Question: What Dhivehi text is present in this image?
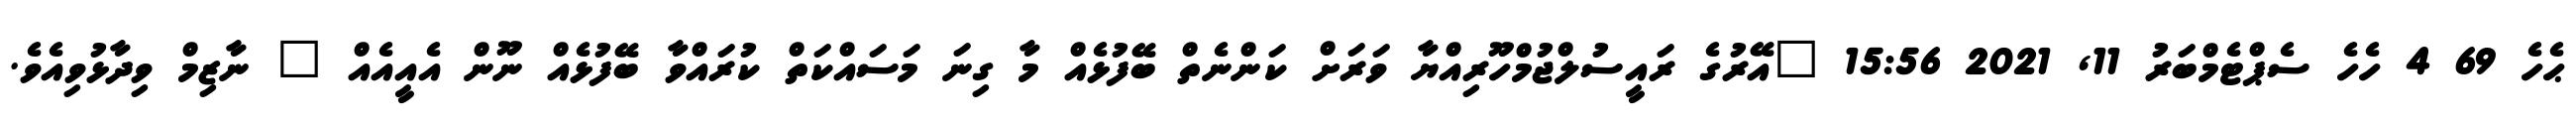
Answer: ޙެހެ 69 4 ހެހެ ސެޕްޓެމްބަރު 11, 2021 15:56 "އޭރުގެ ރައީސުލްޖުމްހޫރިއްޔާ ވަރަށް ކަންނެތް ބޭފުޅެއް މާ ގިނަ މަސައްކަތް ކުރައްވާ ބޭފުޅެއް ނޫން އެއީއެއް " ނާޒިމް ވިދާޅުވިއެވެ.